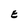
Character: E